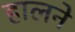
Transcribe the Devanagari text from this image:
हालने